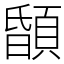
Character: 䫒